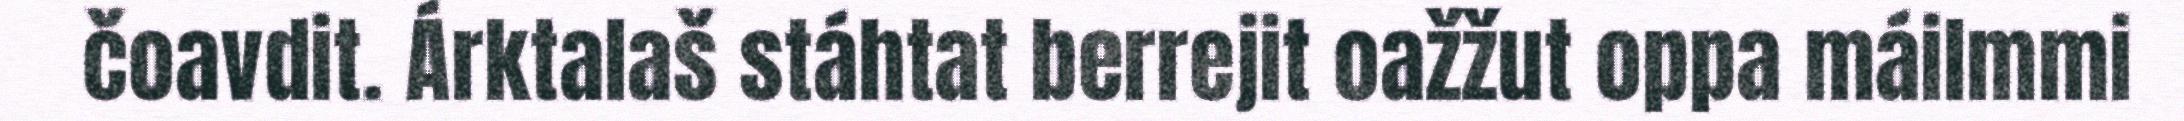
čoavdit. Árktalaš stáhtat berrejit oažžut oppa máilmmi